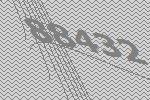
88432